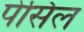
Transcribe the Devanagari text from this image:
पेसिल